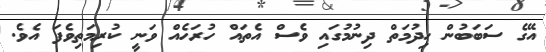
އޭގެ ސަބަބުން ހިދުމަތް ދިނުމުގައި ވެސް އެތައް ހުރަހެއް ވަނީ ކުރިމަތިވެފަ އެވެ.